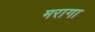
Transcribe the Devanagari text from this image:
मरागा